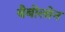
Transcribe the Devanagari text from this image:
बैबीलोन